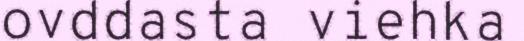
ovddasta viehka